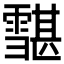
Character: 𩅷